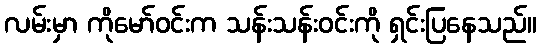
လမ်းမှာ ကိုမော်ဝင်းက သန်းသန်းဝင်းကို ရှင်းပြနေသည်။